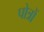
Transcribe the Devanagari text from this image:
पोत्रों